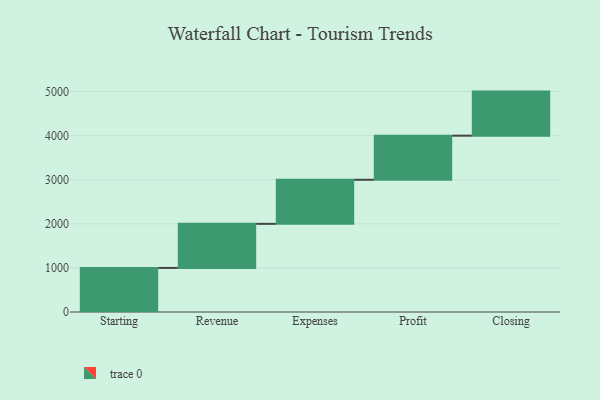
{"axis": {"x": "Step", "y": "Value"}, "legend": [""], "data": [{"x": "Starting", "y": 1000, "type": ""}, {"x": "Revenue", "y": 1000, "type": ""}, {"x": "Expenses", "y": 1000, "type": ""}, {"x": "Profit", "y": 1000, "type": ""}, {"x": "Closing", "y": 1000, "type": ""}]}